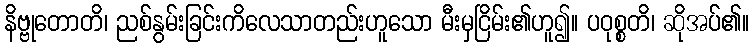
နိဗ္ဗုတောတိ၊ ညစ်နွမ်းခြင်းကိလေသာတည်းဟူသော မီးမှငြိမ်း၏ဟူ၍။ ပဝုစ္စတိ၊ ဆိုအပ်၏။